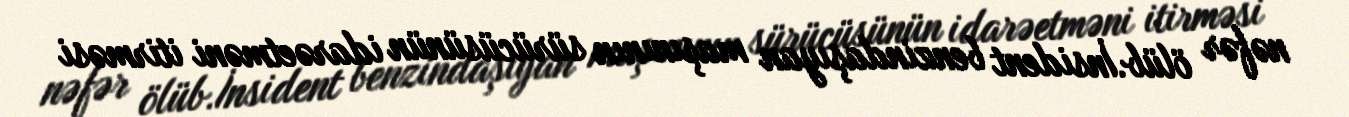
nəfər ölüb.İnsident benzindaşıyan maşınının sürücüsünün idarəetməni itirməsi